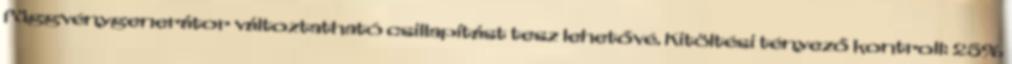
függvénygenerátor változtatható csillapítást tesz lehetővé. Kitöltési tényező kontroll: 25%